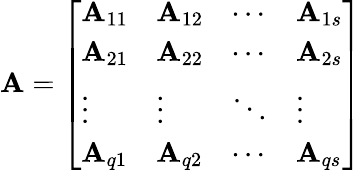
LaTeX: \mathbf{A}={\left[\begin{array}{llll}{\mathbf{A}_{11}}&{\mathbf{A}_{12}}&{\cdots}&{\mathbf{A}_{1s}}\\ {\mathbf{A}_{21}}&{\mathbf{A}_{22}}&{\cdots}&{\mathbf{A}_{2s}}\\ {\vdots}&{\vdots}&{\ddots}&{\vdots}\\ {\mathbf{A}_{q1}}&{\mathbf{A}_{q2}}&{\cdots}&{\mathbf{A}_{qs}}\end{array}\right]}